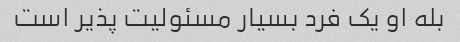
بله او یک فرد بسیار مسئولیت پذیر است